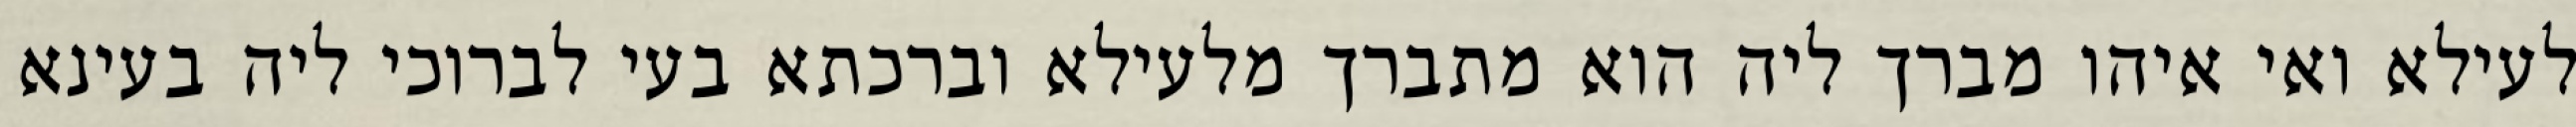
לעילא ואי איהו מברך ליה הוא מתברך מלעילא וברכתא בעי לברוכי ליה בעינא